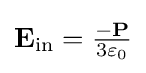
\mathbf {E} _{\mathrm {in} }={\tfrac {-\mathbf {P} }{3\varepsilon _{0}}}